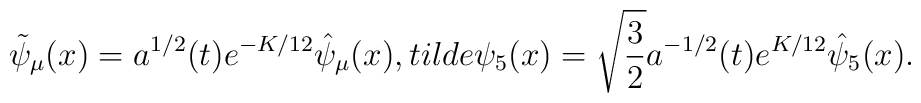
\tilde \psi _\mu (x)= a^{1/2}(t)e^{-K/12}\hat\psi_{\mu}(x),\\tilde \psi _5 (x)= \sqrt{\frac{3}{2}}a^{-1/2}(t)e^{K/12}\hat\psi_{5}(x).